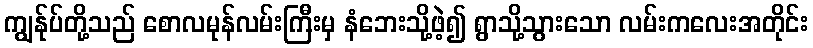
ကျွန်ုပ်တို့သည် စောလမုန်လမ်းကြီးမှ နံဘေးသို့ဖဲ့၍ ရွာသို့သွားသော လမ်းကလေးအတိုင်း